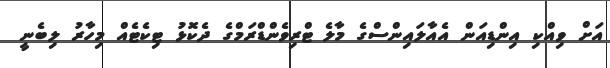
އަށް ވިއްކި އިންޑިއަން އެއާލައިންސްގެ މާލެ ޓްރިވެންޑްރަމްގެ ދެކޮޅު ޓިކެޓެއް މިހާރު ލިބެނީ